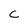
Character: C